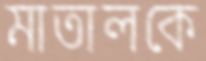
মাতালকে